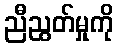
ညီညွတ်မှုကို